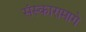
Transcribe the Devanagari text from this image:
संस्कारामागे